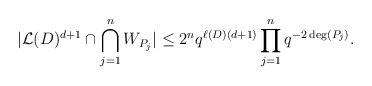
\begin{align*} \vert \mathcal{L}(D)^{d+1} \cap \bigcap_{j=1}^n W_{P_j} \vert \leq 2^n q^{\ell(D) (d+1)} \prod_{j=1}^n q^{-2 \deg(P_j)}. \end{align*}